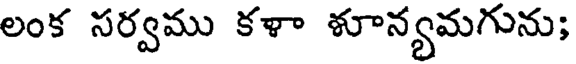
లంక సర్వము కళా ళూన్యమగును;